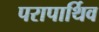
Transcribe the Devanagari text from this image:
परापार्थिव